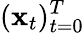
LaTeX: (\mathbf{x}_{t})_{t=0}^{T}